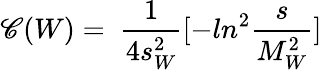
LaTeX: \mathscr{C}(W)=~{\frac{{1}}{{4s_{W}^{2}}}}[-ln^{2}{\frac{{s}}{{M_{W}^{2}}}}]